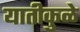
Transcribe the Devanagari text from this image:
यातीकुळे